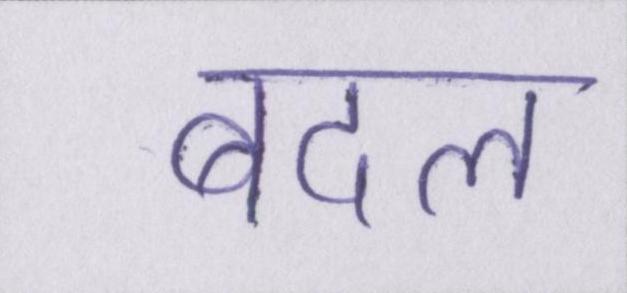
बदल